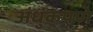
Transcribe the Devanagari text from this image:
अंधुकपणे